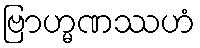
ဗြာဟ္မဏဿဟံ